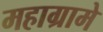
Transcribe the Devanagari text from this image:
महाग्रामे